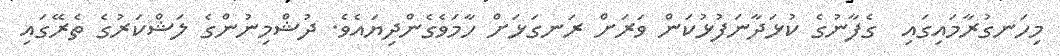
މިހަނގުރާމައިގައި  ގެފާނުގެ ކުޅަދާނަފުޅުކަން ވަރަށް ރަނގަޅަށް ހާމަވެގެންދިޔައެވެ. ދުޝްމިނުންގެ ލަޝްކަރުގެ ތެރޭގައި